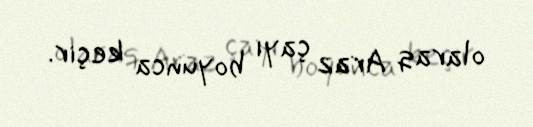
olaraq Araz çayı boyunca keçir.